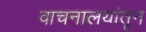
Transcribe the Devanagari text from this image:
वाचनालयांतून